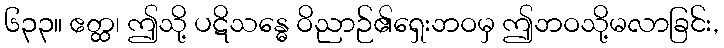
၆၃၃။ ဧတ္ထ၊ ဤသို့ ပဋိသန္ဓေ ဝိညာဉ်၏ရှေးဘဝမှ ဤဘဝသို့မလာခြင်း,